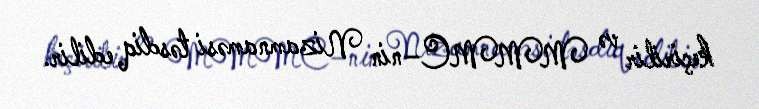
keçirilir və MMMC–nin Nizamnaməsi təsdiq edilir.